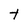
Character: t